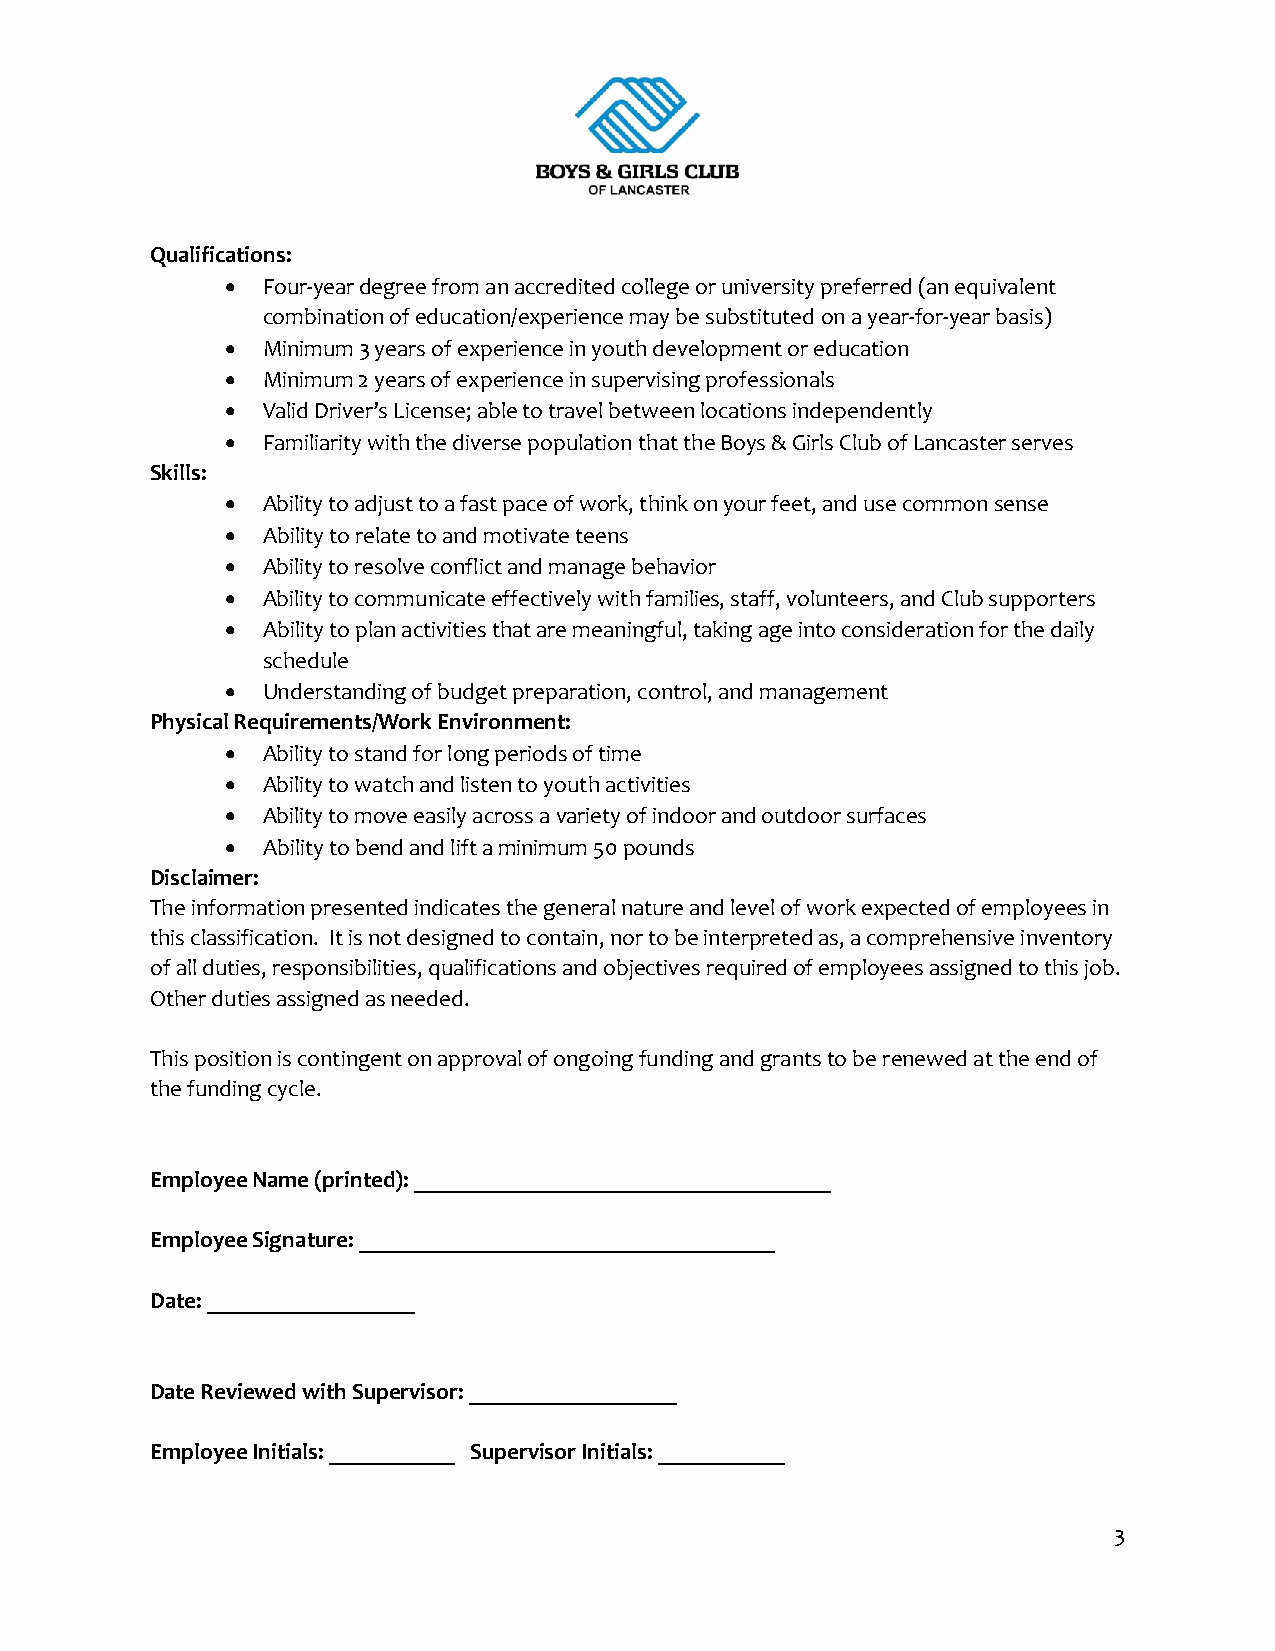
Qualifications:
 • Four-year degree from an accredited college or university preferred (an equivalent
 combination of education/experience may be substituted on a year-for-year basis)
 • Minimum 3 years of experience in youth development or education
 • Minimum 2 years of experience in supervising professionals
 • Valid Driver’s License; able to travel between locations independently
 • Familiarity with the diverse population that the Boys & Girls Club of Lancaster serves
 Skills:
 • Ability to adjust to a fast pace of work, think on your feet, and use common sense
 • Ability to relate to and motivate teens
 • Ability to resolve conflict and manage behavior
 • Ability to communicate effectively with families, staff, volunteers, and Club supporters
 • Ability to plan activities that are meaningful, taking age into consideration for the daily
 schedule
 • Understanding of budget preparation, control, and management
 Physical Requirements/Work Environment:
 • Ability to stand for long periods of time
 • Ability to watch and listen to youth activities
 • Ability to move easily across a variety of indoor and outdoor surfaces
 • Ability to bend and lift a minimum 50 pounds
 Disclaimer:
 The information presented indicates the general nature and level of work expected of employees in
 this classification. It is not designed to contain, nor to be interpreted as, a comprehensive inventory
 of all duties, responsibilities, qualifications and objectives required of employees assigned to this job.
 Other duties assigned as needed.
 This position is contingent on approval of ongoing funding and grants to be renewed at the end of
 the funding cycle.
 Employee Name (printed): ____________________________________
 Employee Signature: ____________________________________
 Date: __________________
 Date Reviewed with Supervisor: __________________
 Employee Initials: ___________ Supervisor Initials: ___________
 3